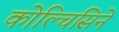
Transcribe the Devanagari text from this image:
कोल्चिसिने